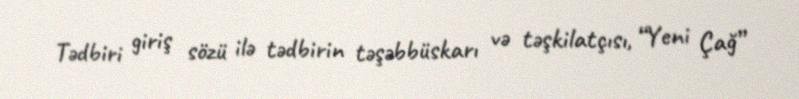
Tədbiri giriş sözü ilə tədbirin təşəbbüskarı və təşkilatçısı, “Yeni Çağ”